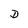
Character: D